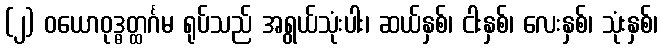
(၂) ဝယောဝုဒ္ဓတ္ထင်္ဂမ ရုပ်သည် အရွယ်သုံးပါး၊ ဆယ်နှစ်၊ ငါးနှစ်၊ လေးနှစ်၊ သုံးနှစ်၊